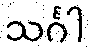
သင်္ဂါ